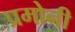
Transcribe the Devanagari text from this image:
प्रमोनी